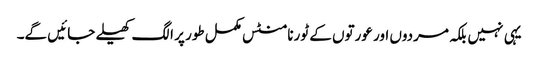
یہی نہیں بلکہ مردوں اور عورتوں کے ٹورنامنٹس مکمل طور پر الگ کھیلے جائیں گے۔